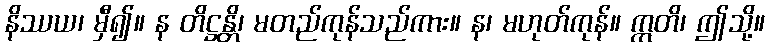
နိဿယ၊ မှီ၍။ န တိဋ္ဌန္တိ၊ မတည်ကုန်သည်ကား။ န၊ မဟုတ်ကုန်။ ဣတိ၊ ဤသို့။